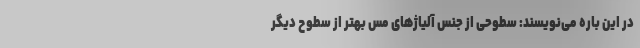
در این باره می‌نویسند: سطوحی از جنس آلیاژهای مس بهتر از سطوح دیگر